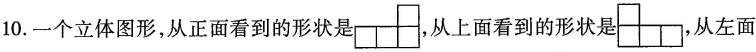
10.一个立体图形，从正面看到的形状是 从上面看到的形状是 ，从左面